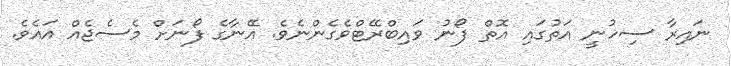
ނައިރާ ސިހުނީ އަތުގައި އޮތް ފޯނު ވައިބްރޭޓްވެގެންނެވެ. އޭނާގެ ފޯނަށް މެސެޖެއް އައެވެ.